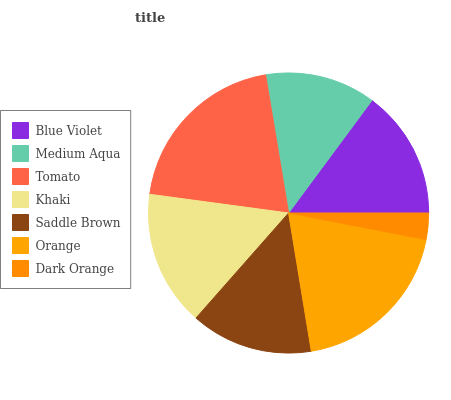
| Blue Violet | Medium Aqua | Tomato | Khaki | Saddle Brown | Orange | Dark Orange |
 | --- | --- | --- | --- | --- | --- | --- |
 | 14.9% | 12.8% | 20.2% | 15.6% | 14.1% | 19.4% | 3.04% |